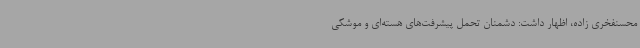
محسنفخری زاده، اظهار داشت: دشمنان تحمل پیشرفت‌های هسته‌ای و موشکی